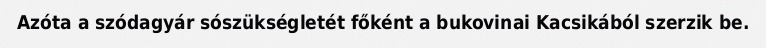
Azóta a szódagyár sószükségletét főként a bukovinai Kacsikából szerzik be.